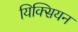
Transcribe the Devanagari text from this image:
यिक्सियन